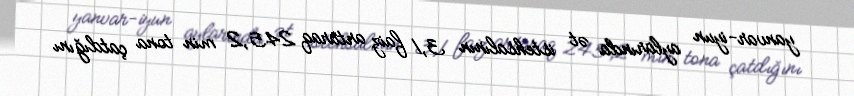
yanvar-iyun aylarında ət istehsalının 3,1 faiz artaraq 245,2 min tona çatdığını